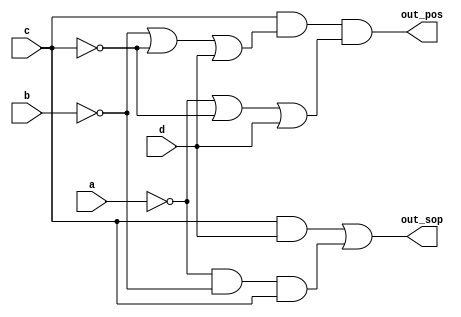
module top_module (
    input a,
    input b,
    input c,
    input d,
    output reg out_sop,
    output reg out_pos
); 
    assign out_sop = (c&d)|(~a&~b&c);
    assign out_pos = c&(~b|~c|d)&(~a|~c|d);
endmodule